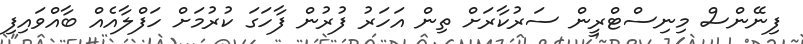
ފިނޭންސް މިނިސްޓްރީން ސަރުކާރަށް ތިން އަހަރު ފުރުން ފާހަގަ ކުރުމަށް ހަފްލާއެއް ބާއްވައިފި